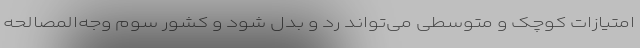
امتیازات کوچک و متوسطی می‌تواند رد و بدل شود و کشور سوم وجه‌المصالحه